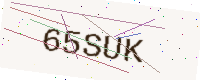
Text: 65SUK